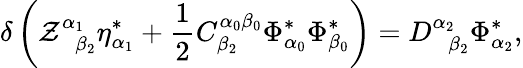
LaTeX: \delta\left(\mathcal{Z}_{\; \; \beta_{2}}^{\alpha_{1}}\eta_{\alpha_{1}}^{*}+\frac{1}{2}C_{\beta_{2}}^{\alpha_{0}\beta_{0}}\Phi_{\alpha_{0}}^{*}\Phi_{\beta_{0}}^{*}\right)=D_{\; \; \beta_{2}}^{\alpha_{2}}\Phi_{\alpha_{2}}^{*},